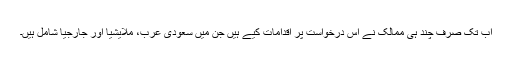
اب تک صرف چند ہی ممالک نے اس درخواست پر اقدامات کیے ہیں جن میں سعودی عرب، ملایشیا اور جارجیا شامل ہیں۔